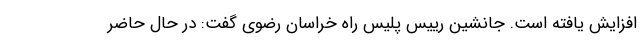
افزایش یافته است. جانشین رییس پلیس راه خراسان رضوی گفت: در حال حاضر